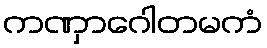
ကဏှာဂေါတမကံ